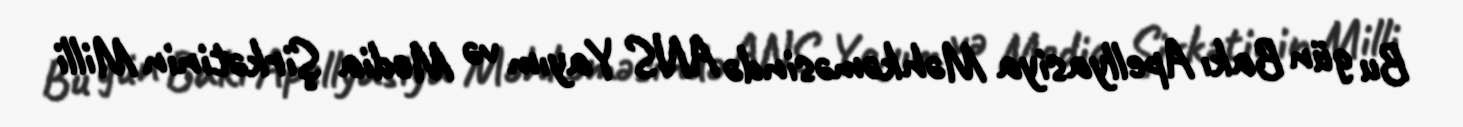
Bu gün Bakı Apellyasiya Məhkəməsində ANS Yayım və Media Şirkətinin Milli